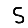
Digit: 5